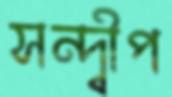
সন্দ্বীপ